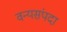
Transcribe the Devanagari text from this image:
वन्यसंपदा